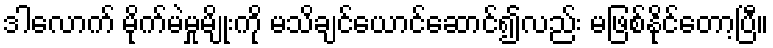
ဒါလောက် မိုက်မဲမှုမျိုးကို မသိချင်ယောင်ဆောင်၍လည်း မဖြစ်နိုင်တော့ပြီ။